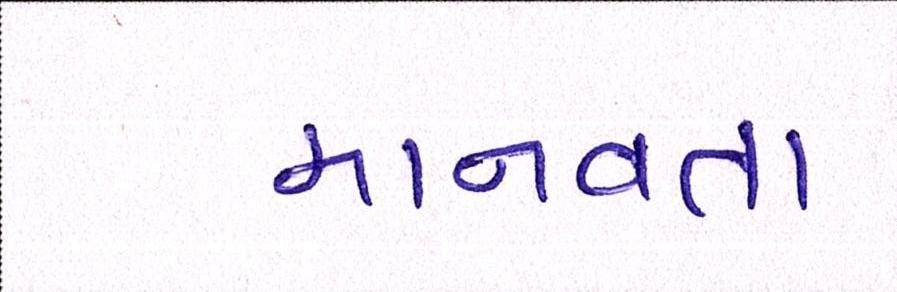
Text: માનવતા